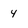
Character: 4